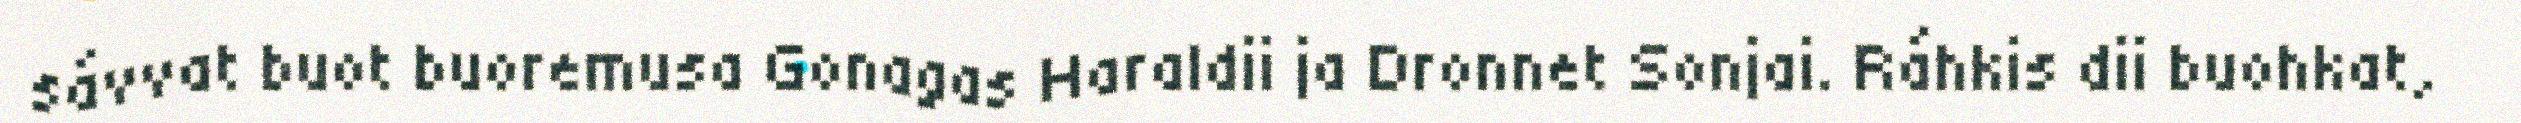
sávvat buot buoremusa Gonagas Haraldii ja Dronnet Sonjai. Ráhkis dii buohkat,